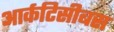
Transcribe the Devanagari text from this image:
आर्कटिसीबस